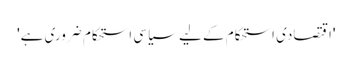
'اقتصادی استحکام کے لیے سیاسی استحکام ضروری ہے'